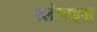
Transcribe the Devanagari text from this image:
फ्लेमाइश